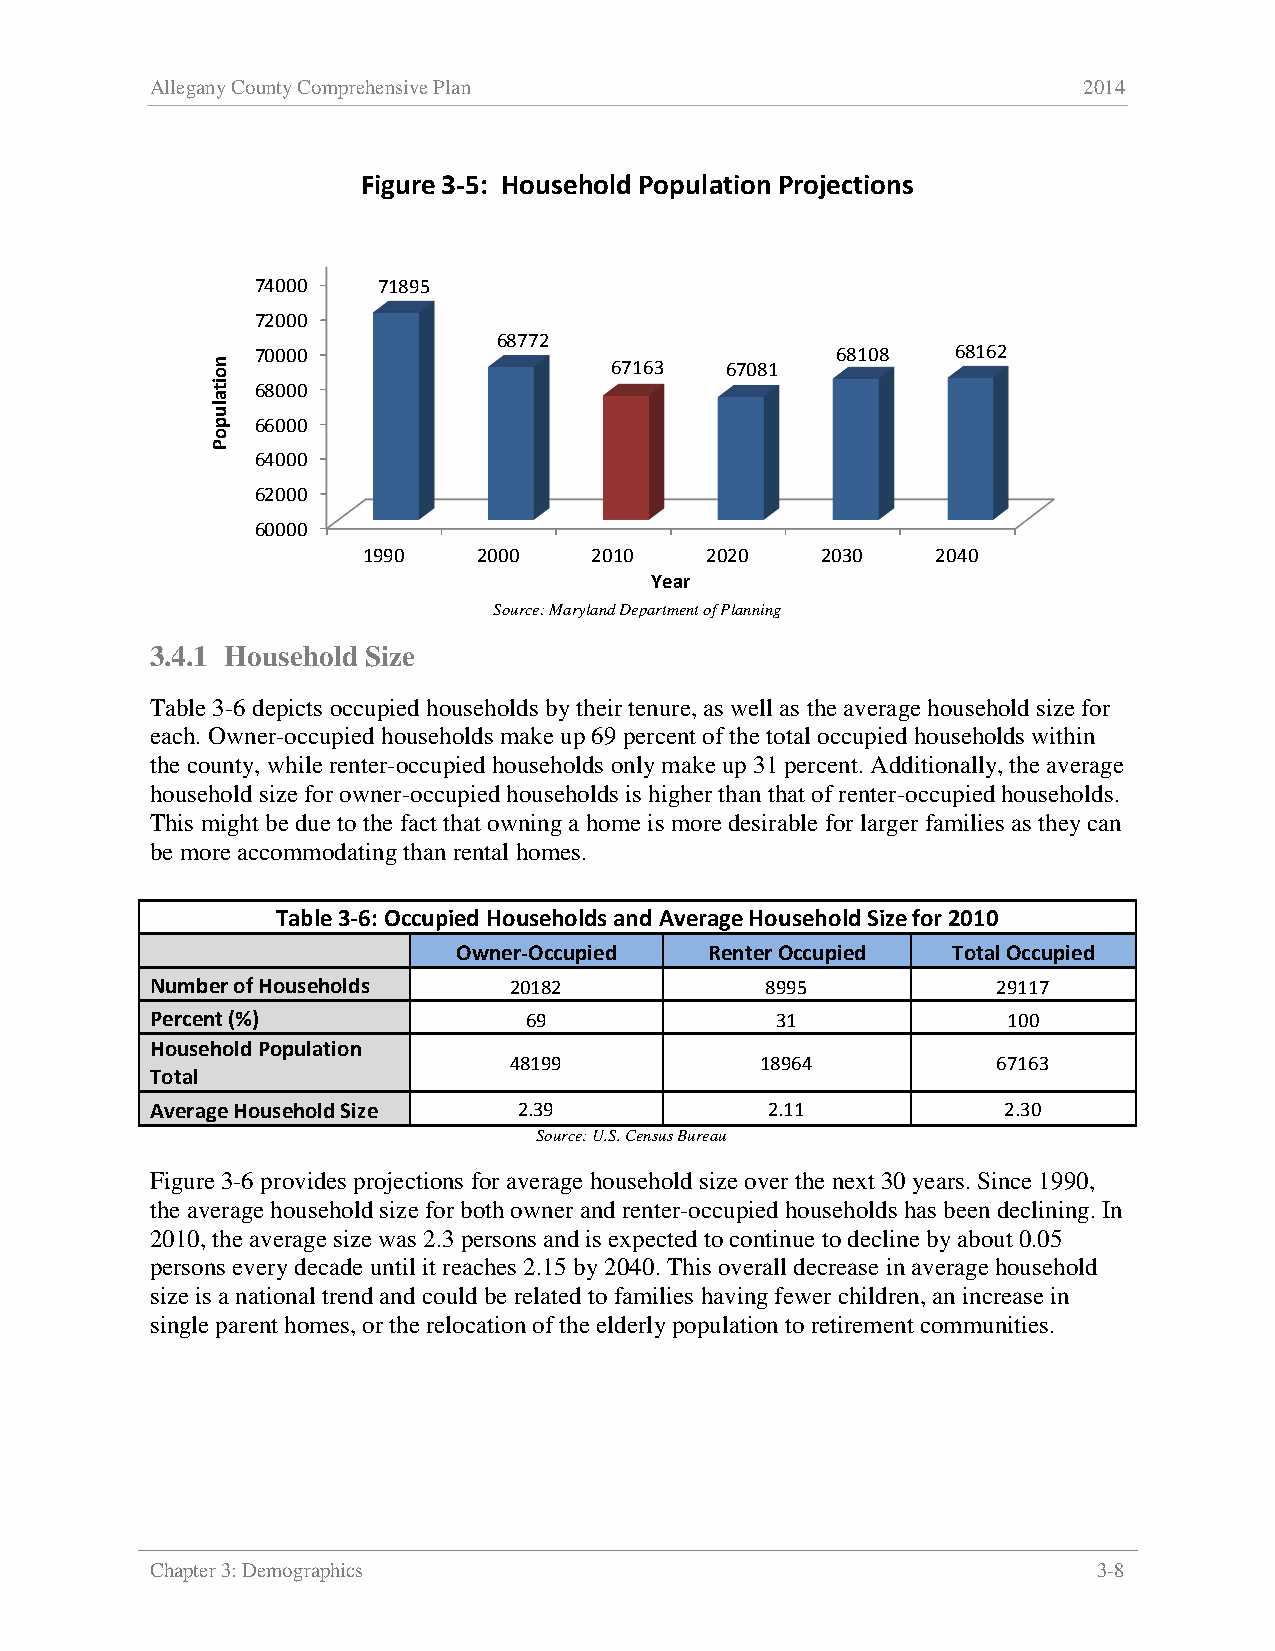
Allegany County Comprehensive Plan                            2014
 Figure 3-5: Household Population Projections
 74000   71895
 72000
 68772
 70000                                 68108   68162
 67163   67081
 68000
 66000
 64000
 62000
 60000
 1990    2000   2010    2020   2030    2040
 Year
 Source: Maryland Department of Planning
 3.4.1 Household Size
 Table 3-6 depicts occupied households by their tenure, as well as the average household size for
 each. Owner-occupied households make up 69 percent of the total occupied households within
 the county, while renter-occupied households only make up 31 percent. Additionally, the average
 household size for owner-occupied households is higher than that of renter-occupied households.
 This might be due to the fact that owning a home is more desirable for larger families as they can
 be more accommodating than rental homes.
 Table 3-6: Occupied Households and Average Household Size for 2010
 Owner-Occupied   Renter Occupied Total Occupied
 Number of Households    20182            8995           29117
 Percent (%)              69              31              100
 Household Population
 48199           18964           67163
 Total
 Average Household Size  2.39             2.11            2.30
 Source: U.S. Census Bureau
 Figure 3-6 provides projections for average household size over the next 30 years. Since 1990,
 the average household size for both owner and renter-occupied households has been declining. In
 2010, the average size was 2.3 persons and is expected to continue to decline by about 0.05
 persons every decade until it reaches 2.15 by 2040. This overall decrease in average household
 size is a national trend and could be related to families having fewer children, an increase in
 single parent homes, or the relocation of the elderly population to retirement communities.
 Chapter 3: Demographics                                        3-8
 noitalupoP